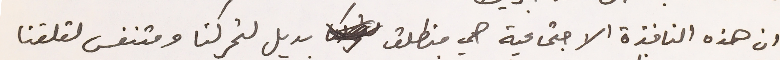
ان هذه النافذة الاجتماعية هي منطلق بديل لتحركنا ومتنفس لقلقنا